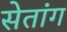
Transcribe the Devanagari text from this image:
सेतांग